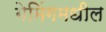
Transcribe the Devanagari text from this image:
गेमिंगमधील